Scottish Leaving Certificate Examination, 1960
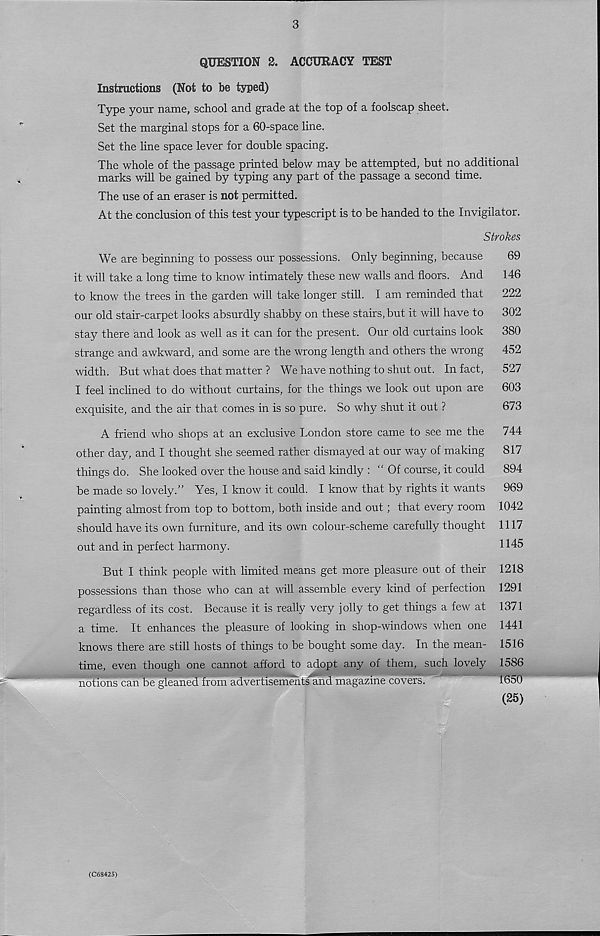
3
QUESTION 2. ACCURACY TEST
Instructions (Not to be typed)
Type your name, school and grade at the top of a foolscap sheet.
Set the marginal stops for a 60-space line.
Set the line space lever for double spacing.
The whole of the passage printed below may be attempted, but no. additional
marks will be gained by typing any part of the passage a second time.
The use of an eraser is not permitted.
At the conclusion of this test your typescript is to be handed to the Invigilator.
Strokes
We are beginning to possess our possessions. Only beginning, because
69
it will take a long time to know intimately these new walls and floors. And
146
to know the trees in the garden will take longer still. I am reminded that
222
our old stair-carpet looks absurdly shabby on these stairs, but it will have to
302
stay there and look as well as it can for the present. Our old curtains look
380
strange and awkward, and some are the wrong length and others the wrong
452
width. But what does that matter ? We have nothing to shut out. In fact,
527
I feel inclined to do without curtains, for the things we look out upon are
603
exquisite, and the air that comes in is so pure. So why shut it out ?
673
A friend who shops at an exclusive London store came to see me the
744
other day, and I thought she seemed rather dismayed at our way of making
817
things do. She looked over the house and said kindly : “Of course, it could
894
be made so lovely.” Yes, I know it could. I know that by rights it wants
969
painting almost from top to bottom, both inside and out; that every room 1042
should have its own furniture, and its own colour-scheme carefully thought 1117
out and in perfect harmony.
1145
But I think people with limited means get more pleasure out of their 1218
possessions than those who can at will assemble every kind of perfection 1291
regardless of its cost. Because it is really very jolly to get things a few at 1371
a time. It enhances the pleasure of looking in shop-windows when one 1441
knows there are still hosts of things to be bought some day. In the mean- 1516
time, even though one cannot afford to adopt any of them, such lovely 1586
"noSonscjm'fcegieaned from advertisements and magazine covers.
1650
(25)
(C68425)